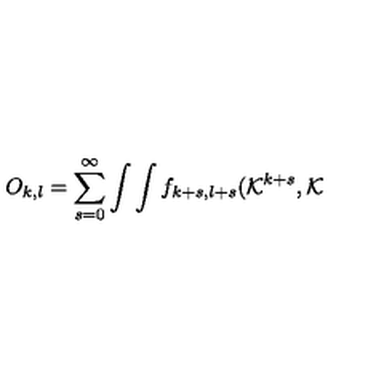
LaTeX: O _ { k , l } = \sum _ { s = 0 } ^ { \infty } \int \int f _ { k + s , l + s } ( { \cal K } ^ { k + s } , { \cal K }